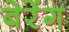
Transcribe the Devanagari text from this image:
बेरेंग